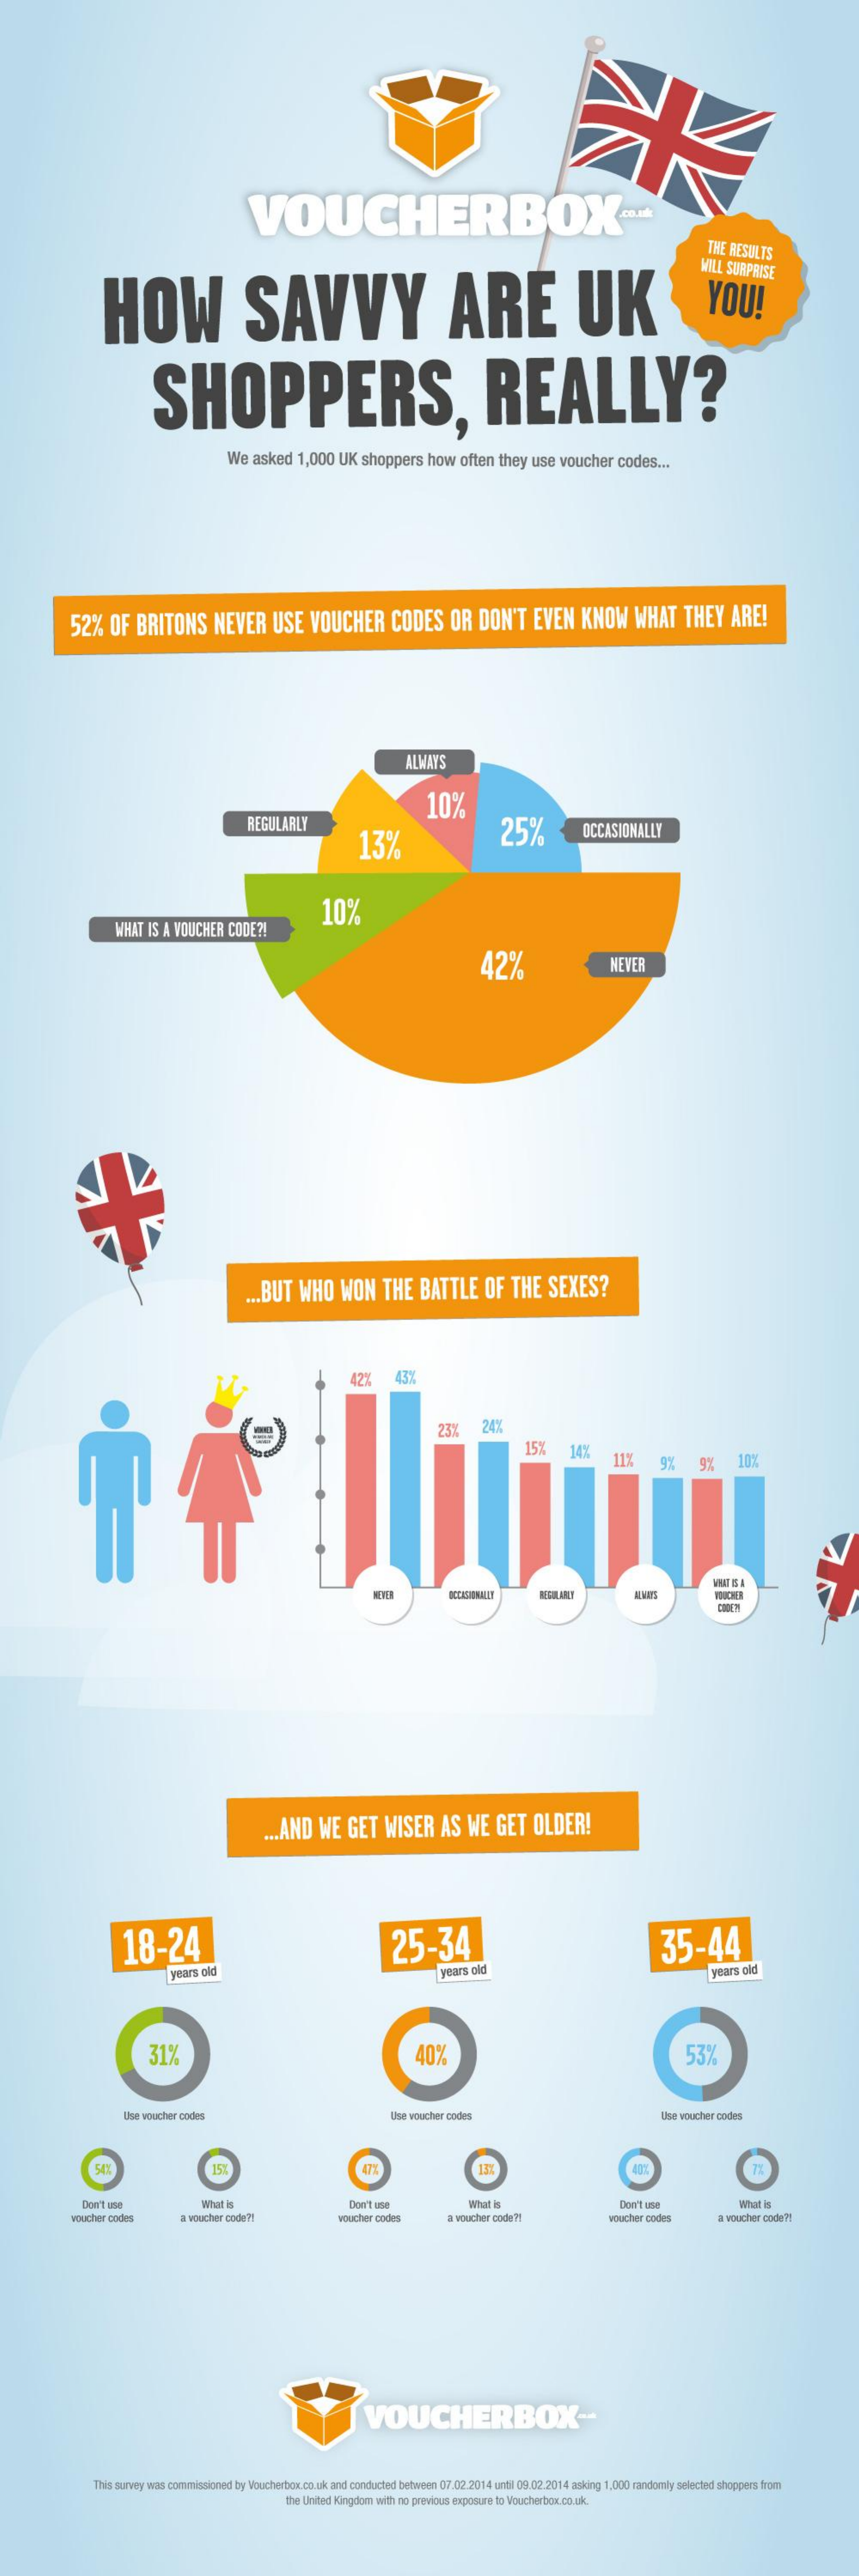
VOUCHERBOX    -*
     THE RESULTS
     HOW    SAVVY    ARE    UK
     WILL SURPRISE
     YOU!
     SHOPPERS,    REALLY?
     We  asked   1,000  UK   shoppers    how   often  they  use  voucher   codes   ....
     52%   OF   BRITONS    NEVER    USE    VOUCHER    CODES    OR   DON'T    EVEN    KNOW    WHAT    THEY    ARE!
     ALWAYS
     10%
     REGULARLY
     13%    25%    OCCASIONALLY
     10%
     WHAT  IS A VOUCHER  CODE  ?!
     42%    NEVER
     ... BUT  WHO    WON    THE    BATTLE    OF   THE    SEXES?
     42%    43%
     23%    24%
     15%    14%    11%    9%    9%    10%
     MOUCHER
     ... AND   WE   GET   WISER    AS   WE   GET    OLDER!
     18-24    25-34    35-44
     years old    years old    years old
     31%    40%    53%
     Use voucher codes    Use voucher codes    Use voucher codes
     15%    13%
     Don't use    What is    Don't use    What is    Don't use    What is
     voucher codes    a voucher code' ?!    voucher codes    a voucher code ?!    voucher codes    a voucher code ?!
     VOUCHERBOX    --
     This survey was commissioned by Voucherbox.co. uk and conducted between 07.02.2014 until 09.02.2014 asking 1,000 randomly selected shoppers from
     the United Kingdom with no previous exposure to Voucherbox.co. uk.